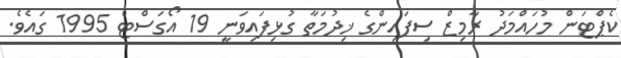
ކެޕްޓަން މުހައްމަދު ރާމިޒް ސިފައިންގެ ޚިދުމަތާ ގުޅިފައިވަނީ 19 އޯގަސްޓް 1995 ގައެވެ.